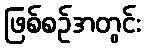
ဖြစ်စဉ်အတွင်း